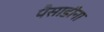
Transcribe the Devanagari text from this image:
पैसाडीना